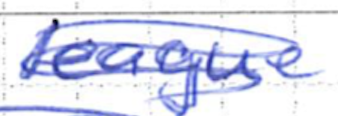
Text: league
Cross-out: scratch
Writing tool: ballpoint